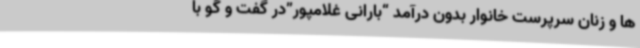
ها و زنان سرپرست خانوار بدون درآمد “بارانی غلامپور”در گفت و گو با